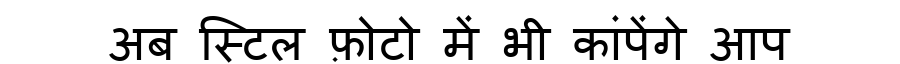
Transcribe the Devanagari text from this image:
अब स्टिल फ़ोटो में भी कांपेंगे आप